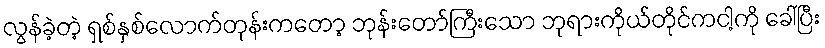
လွန်ခဲ့တဲ့ ရှစ်နှစ်လောက်တုန်းကတော့ ဘုန်းတော်ကြီးသော ဘုရားကိုယ်တိုင်ကငါ့ကို ခေါ်ပြီး